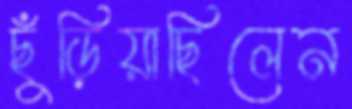
ছুঁড়িয়াছিলেন